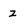
Character: z